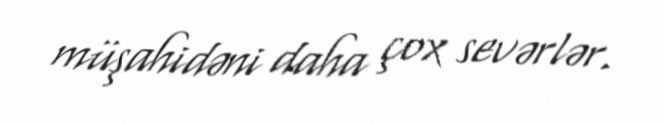
müşahidəni daha çox sevərlər.